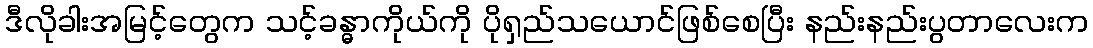
ဒီလိုခါးအမြင့်တွေက သင့်ခန္ဓာကိုယ်ကို ပိုရှည်သယောင်ဖြစ်စေပြီး နည်းနည်းပွတာလေးက